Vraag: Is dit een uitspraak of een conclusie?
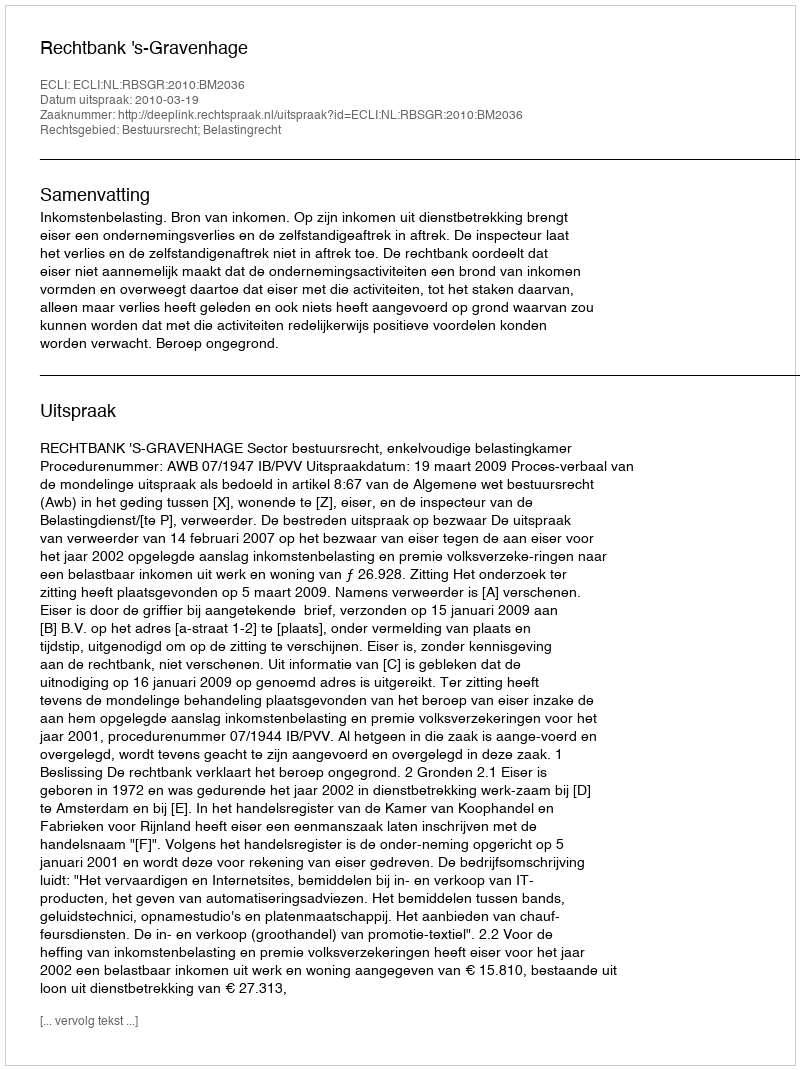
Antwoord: Uitspraak